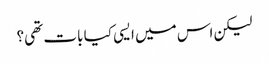
لیکن اس میں ایسی کیا بات تھی؟